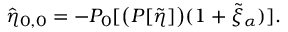
\hat { \eta } _ { 0 , 0 } = - P _ { 0 } [ \big ( P [ \tilde { \eta } ] \big ) ( 1 + \tilde { \xi } _ { \alpha } ) ] .